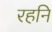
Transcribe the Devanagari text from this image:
रहनि